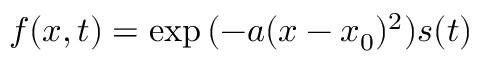
f ( x , t ) = \exp { ( - a ( x - x _ { 0 } ) ^ { 2 } ) } s ( t )